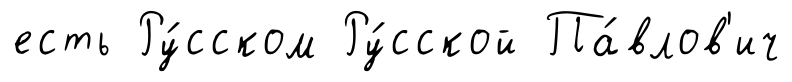
есть Ру́сском Ру́сской Па́влов'ич